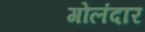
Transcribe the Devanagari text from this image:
गोलंदार